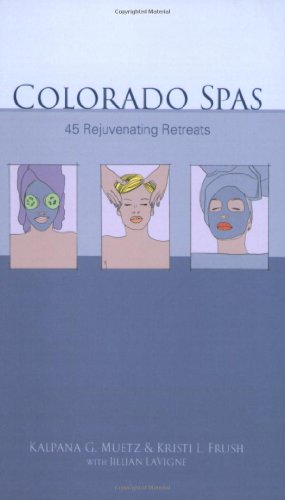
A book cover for Colorado Spas: 45 Rejuvenating Retreats; Kristi Frush; Travel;